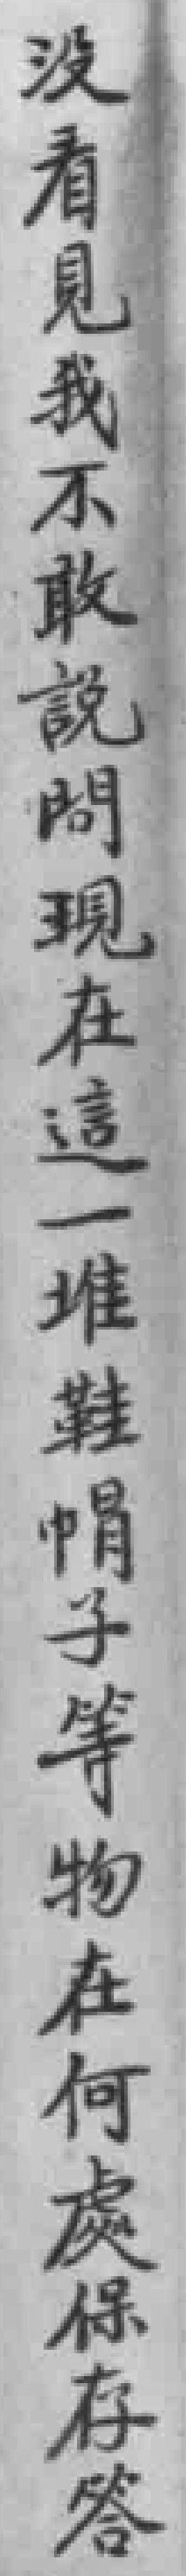
沒看見我不敢說問現在這一堆鞋帽子等物在何處保存答